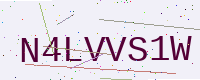
Text: N4LVVS1W